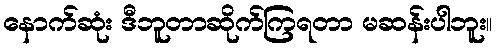
နောက်ဆုံး ဒီဘူတာဆိုက်ကြရတာ မဆန်းပါဘူး။